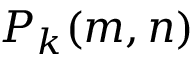
P _ { k } ( m , n )